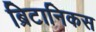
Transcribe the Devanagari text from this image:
ब्रिटानिकस